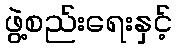
ဖွဲ့စည်းရေးနှင့်